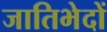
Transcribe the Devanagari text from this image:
जातिभेदों